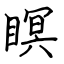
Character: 瞑